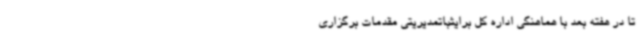
تا در هفته بعد با هماهنگی اداره کل برایثباتمدیریتی مقدمات برگزاری